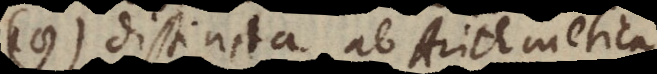
19) distincta ab Arithmetica